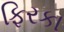
ફિરકા